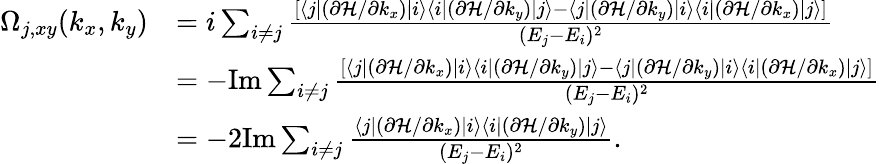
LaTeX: \begin{array}{rl}{\Omega_{j,xy}(k_{x},k_{y})}&{=i\sum_{i\neq j}\frac{[\langle j|(\partial{\cal H}/\partial k_{x})|i\rangle\langle i|(\partial{\cal H}/\partial k_{y})|j\rangle-\langle j|(\partial{\cal H}/\partial k_{y})|i\rangle\langle i|(\partial{\cal H}/\partial k_{x})|j\rangle]}{(E_{j}-E_{i})^{2}}}\\ &{=-\mathrm{Im}\sum_{i\neq j}\frac{[\langle j|(\partial{\cal H}/\partial k_{x})|i\rangle\langle i|(\partial{\cal H}/\partial k_{y})|j\rangle-\langle j|(\partial{\cal H}/\partial k_{y})|i\rangle\langle i|(\partial{\cal H}/\partial k_{x})|j\rangle]}{(E_{j}-E_{i})^{2}}}\\ &{=-2\mathrm{Im}\sum_{i\neq j}\frac{\langle j|(\partial{\cal H}/\partial k_{x})|i\rangle\langle i|(\partial{\cal H}/\partial k_{y})|j\rangle}{(E_{j}-E_{i})^{2}}.}\end{array}